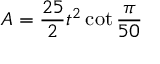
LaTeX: A = { \frac { 2 5 } { 2 } } t ^ { 2 } \cot { \frac { \pi } { 5 0 } }